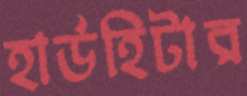
হার্ডহিটার